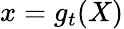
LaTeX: x=g_{t}(X)